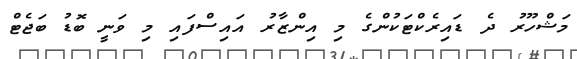
މަޝްހޫރު ދެ ޑައިރެކްޓަކުންގެ މި އިންޒާރު އައިސްފައި މި ވަނީ ބޮޑު ބަޖެޓް